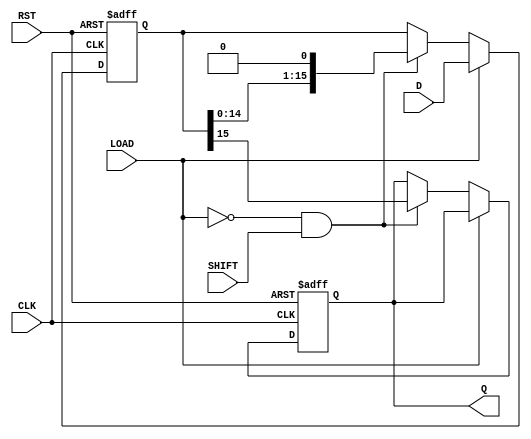
module PISO_Register (
    input wire [15:0] D,       // 16-bit parallel data input
    input wire LOAD,           // Load control signal
    input wire SHIFT,          // Shift control signal
    input wire CLK,            // Clock input
    input wire RST,            // Asynchronous reset
    output reg Q               // Serial output
);

    reg [15:0] shift_reg;      // 16-bit shift register

    always @(posedge CLK or posedge RST) begin
        if (RST) begin
            // Asynchronous reset: clear the shift register
            shift_reg <= 16'b0;
            Q <= 1'b0;
        end else if (LOAD) begin
            // Load the data into the shift register
            shift_reg <= D;
        end else if (!LOAD && SHIFT) begin
            // Shift the data out to the serial output
            Q <= shift_reg[15];  // Output the MSB (most significant bit)
            shift_reg <= {shift_reg[14:0], 1'b0}; // Shift right
        end
    end

endmodule